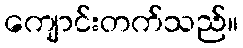
ကျောင်းတက်သည်။